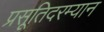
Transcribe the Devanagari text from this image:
प्रसूतिदरम्यान